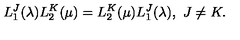
L _ { 1 } ^ { J } ( \lambda ) L _ { 2 } ^ { K } ( \mu ) = L _ { 2 } ^ { K } ( \mu ) L _ { 1 } ^ { J } ( \lambda ) , \ J \neq K .